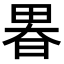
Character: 𤲉